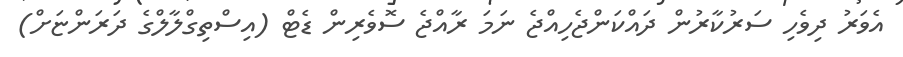
އެވަރު ދިވެހި ސަރުކާރުން ދައްކަންޖެހިއްޖެ ނަމަ ރާއްޖެ ސޮވެރިން ޑެޓް (އިސްތިގްލާލްގެ ދަރަންޏަށް)